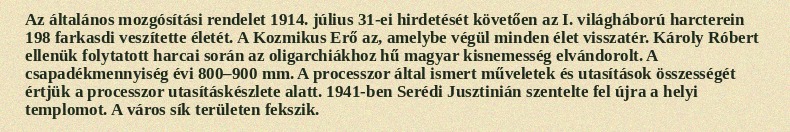
Az általános mozgósítási rendelet 1914. július 31-ei hirdetését követően az I. világháború harcterein 198 farkasdi veszítette életét. A Kozmikus Erő az, amelybe végül minden élet visszatér. Károly Róbert ellenük folytatott harcai során az oligarchiákhoz hű magyar kisnemesség elvándorolt. A csapadékmennyiség évi 800–900 mm. A processzor által ismert műveletek és utasítások összességét értjük a processzor utasításkészlete alatt. 1941-ben Serédi Jusztinián szentelte fel újra a helyi templomot. A város sík területen fekszik.